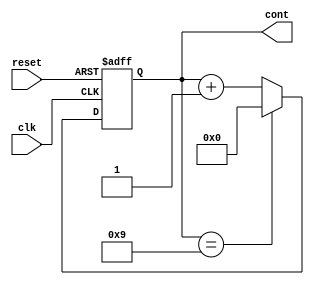
//************************CONTADOR****************************************

module contador (input clk, reset,output reg [3:0] cont);
  
  always @(posedge clk or negedge reset)
  begin
    
    if (reset == 0)
      cont <= 4'b0000;
    else if (cont == 4'b1001)
      cont <= 4'b0000;
    else 
      cont <= cont + 4'b0001;
    
  end
  
  
endmodule